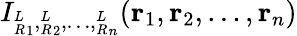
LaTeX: I_{{^L_{R}}_{1},{^L_{R}}_{2},\ldots,{^L_{R}}_{n}}(\mathbf{r}_{1},\mathbf{r}_{2},\ldots,\mathbf{r}_{n})